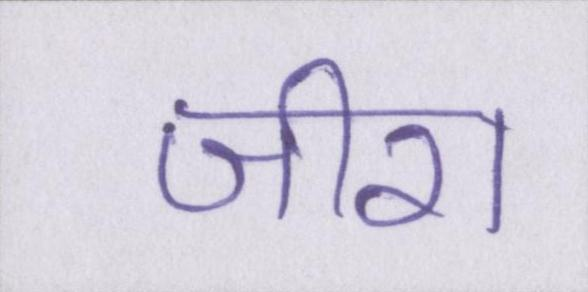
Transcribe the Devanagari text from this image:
जीरा